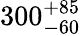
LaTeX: {300}_{-60}^{+85}